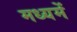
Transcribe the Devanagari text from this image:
मध्यमें